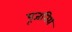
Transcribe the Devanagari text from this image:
पूजनिय